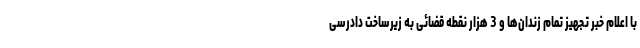
با اعلام خبر تجهیز تمام زندان‌ها و 3 هزار نقطه قضائی به زیرساخت دادرسی